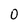
Character: 0